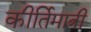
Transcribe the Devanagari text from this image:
कीर्तिमात्री